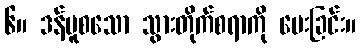
၆။ ဒန်ပူစသော သွားတိုက်စရာကို ပေးခြင်း။